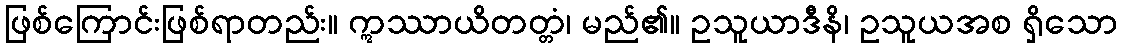
ဖြစ်ကြောင်းဖြစ်ရာတည်း။ ဣဿာယိတတ္တံ၊ မည်၏။ ဥသူယာဒီနိ၊ ဥသူယအစ ရှိသော